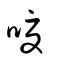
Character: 嗄